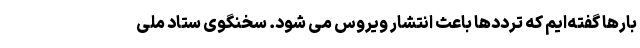
بارها گفته‌ایم که ترددها باعث انتشار ویروس می شود. سخنگوی ستاد ملی